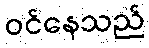
ဝင်နေသည်